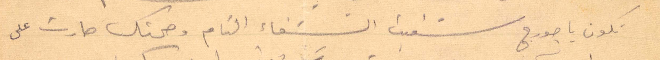
تكون يا جورج شفيت الشفاء التام وصحتك صارت على